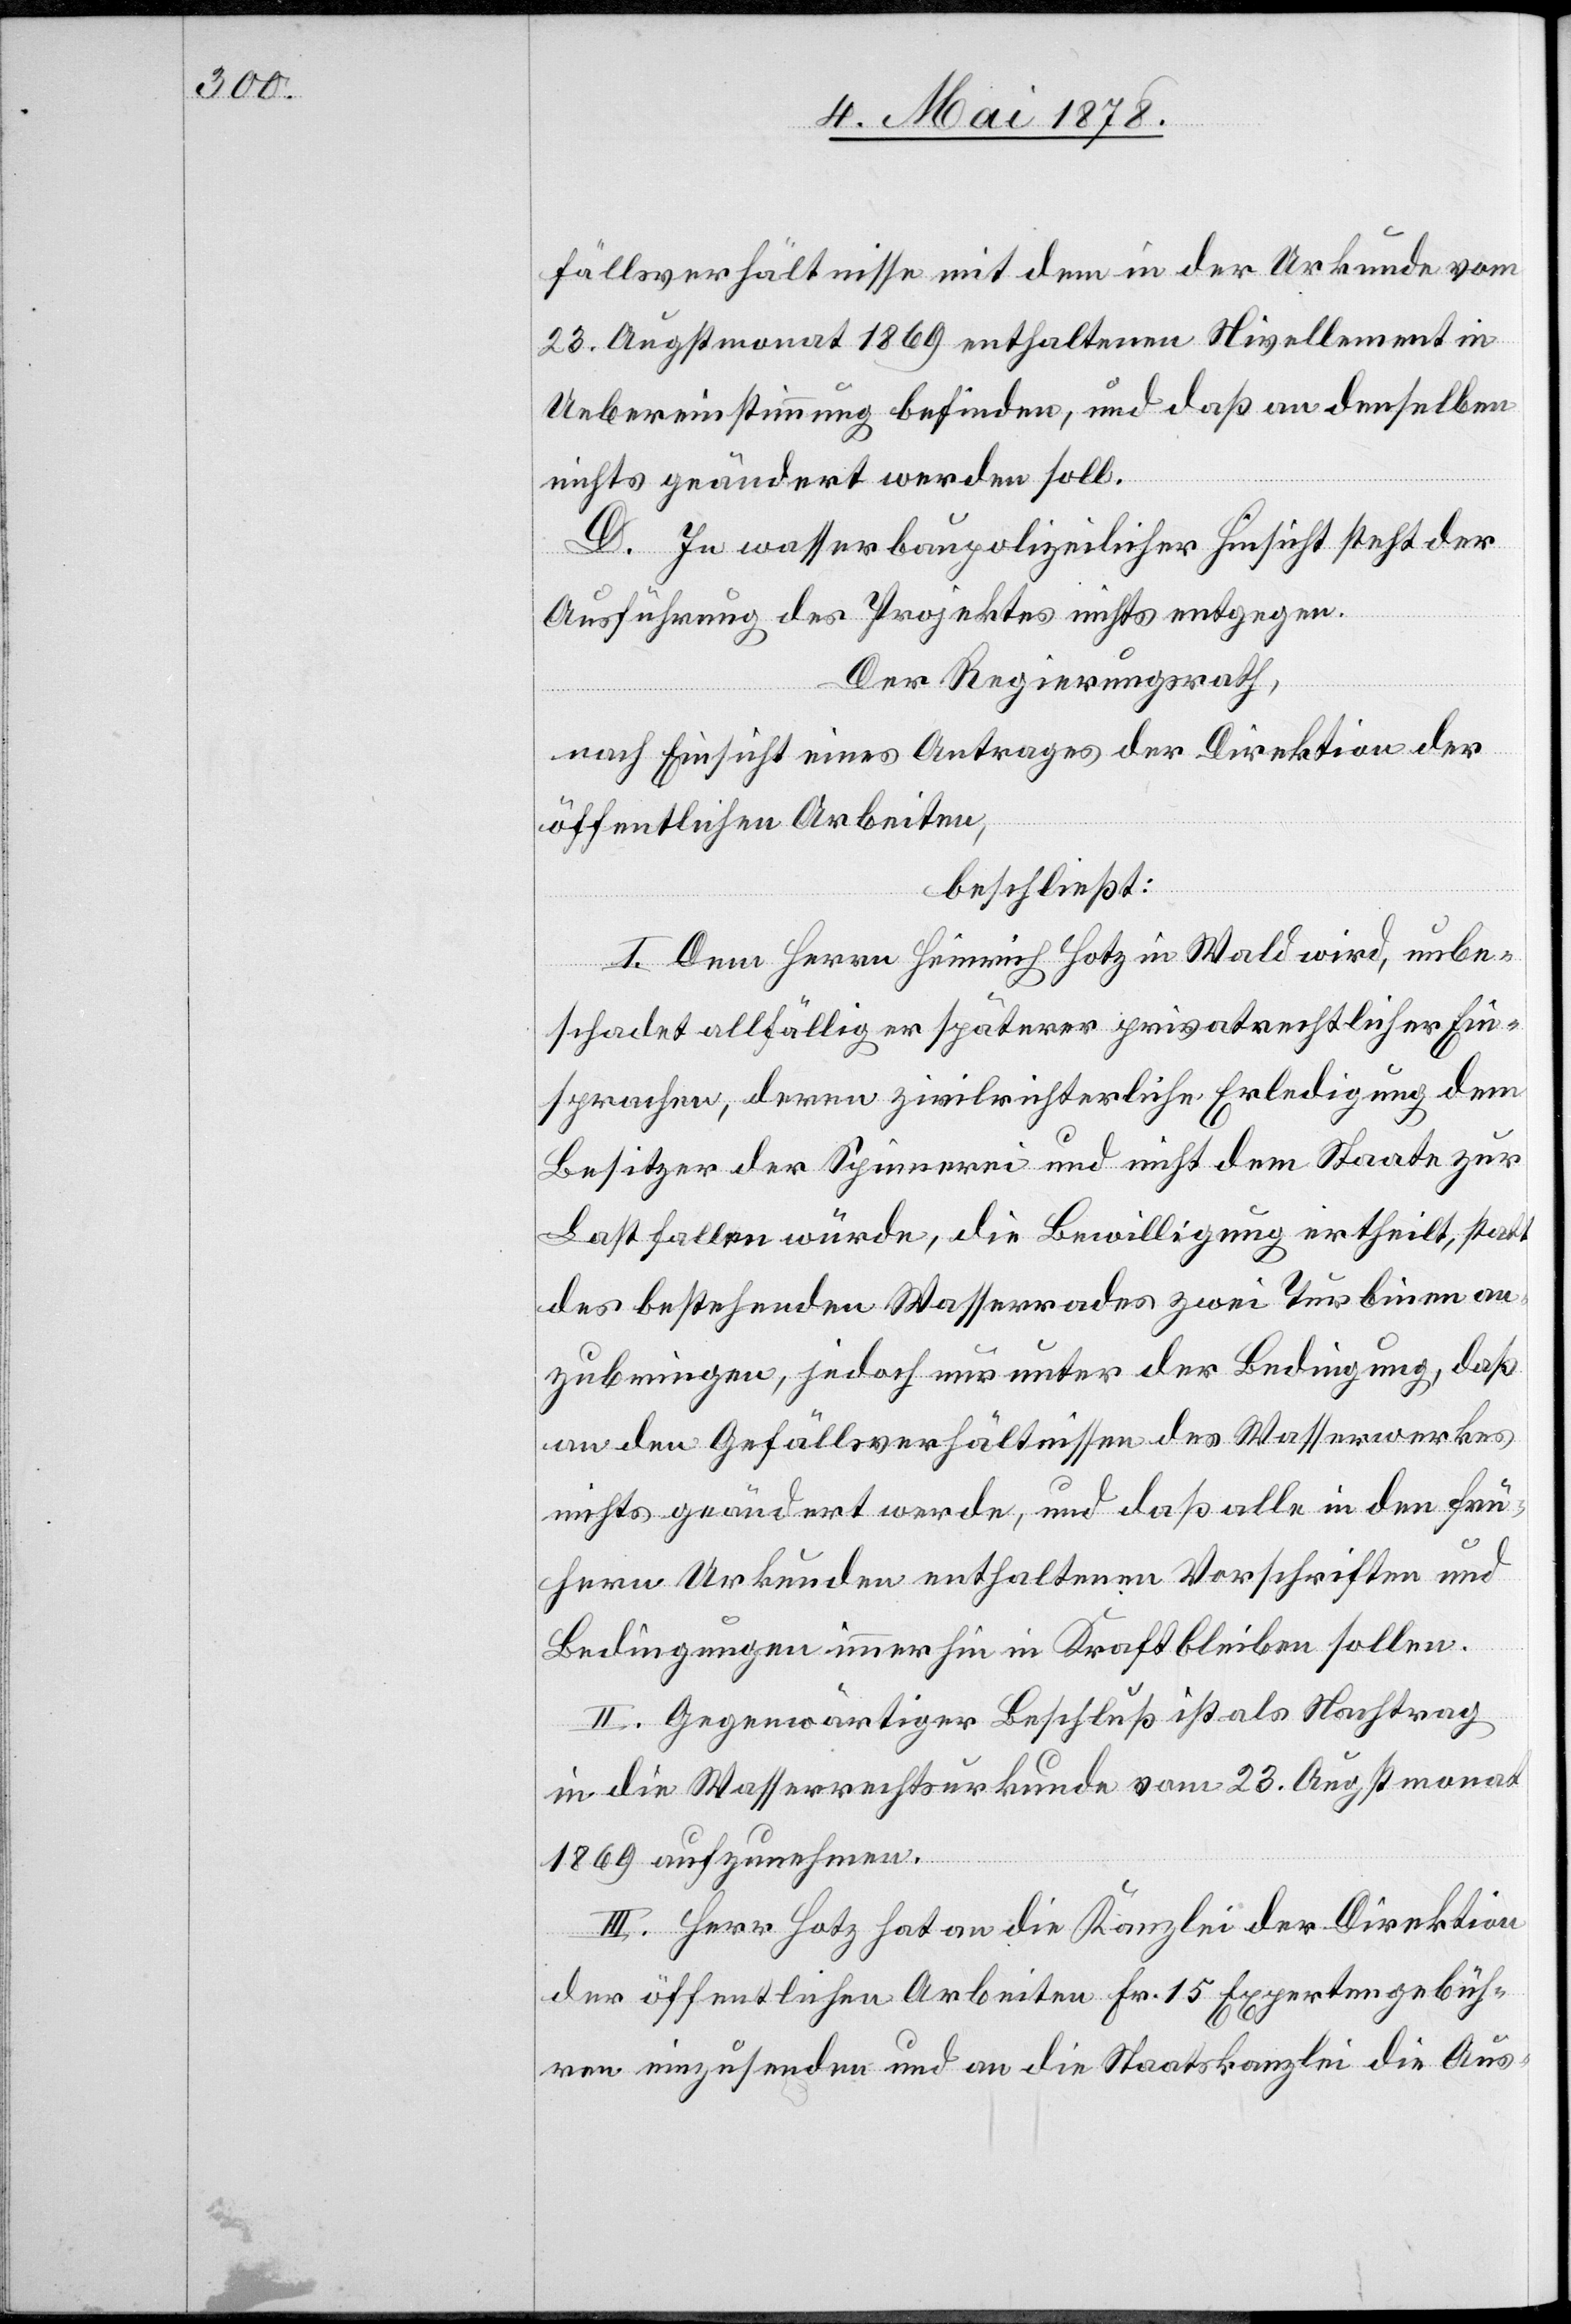
fällsverhältnisse mit dem in der Urkunde vom
23. Augstmonat 1869 enthaltenen Nivellement in
Uebereinstimmung befinden, und daß an denselben
nichts geändert werden soll.
D. In wasserbaupolizeilicher Hinsicht steht der
Ausführung des Projektes nichts entgegen.
Der Regierungsrath,
nach Einsicht eines Antrages der Direktion der
öffentlichen Arbeiten,
beschließt:
I. Dem Herrn Heinrich Hotz in Wald wird, unbe¬
schadet allfälliger späterer privatrechtlicher Ein¬
sprachen, deren zivilrichterliche Erledigung dem
Besitzer der Spinnerei und nicht dem Staate zur
Last fallen würde, die Bewilligung ertheilt, statt
des bestehenden Wasserrades zwei Turbinen an¬
zubringen, jedoch nur unter der Bedingung, daß
an den Gefällsverhältnissen des Wasserwerkes
nichts geändert werde, und daß alle in den frü¬
hern Urkunden enthaltenen Vorschriften und
Bedingungen immerhin in Kraft bleiben sollen.
II. Gegenwärtiger Beschluß ist als Nachtrag
in die Wasserrechtskurkunde vom 23. Augstmonat
1869 aufzunehmen.
III. Herr Hotz hat an die Kanzlei der Direktion
der öffentlichen Arbeiten Fr. 15 Expertengebüh¬
ren einzusenden und an die Staatskanzlei die Aus-